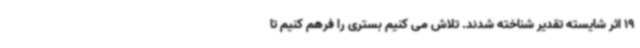
19 اثر شایسته تقدیر شناخته شدند. تلاش می کنیم بستری را فرهم کنیم تا